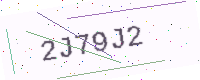
Text: 2J79J2